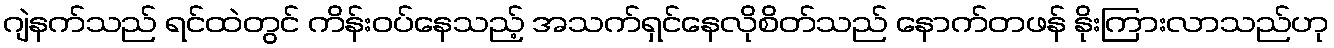
ဂျဲနက်သည် ရင်ထဲတွင် ကိန်းဝပ်နေသည့် အသက်ရှင်နေလိုစိတ်သည် နောက်တဖန် နိုးကြားလာသည်ဟု